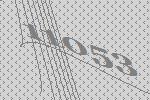
11053